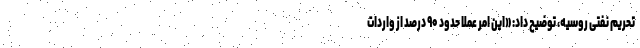
تحریم نفتی روسیه، توضیح داد: «این امر عملاً حدود ۹۰ درصد از واردات